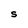
Character: S